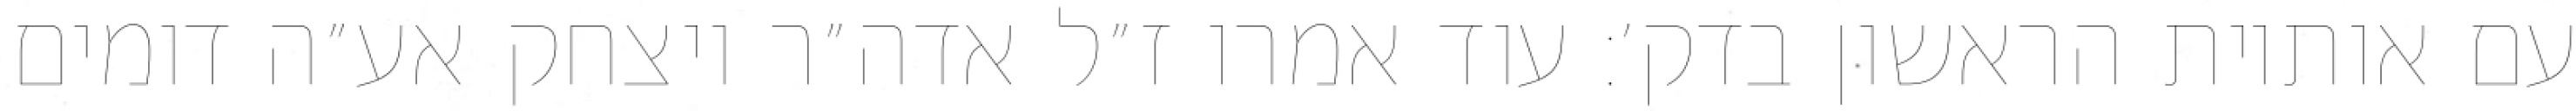
עם אותיות הראשון בדק׳: עוד אמרו ז״ל אדה״ר ויצחק אע״ה דומים